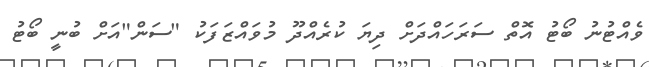
ވެއްޓުނު ބޯޓު އޮތް ސަރަހައްދަށް ދިޔަ ކުރެއްދޫ މުވައްޒަފަކު "ސަން"އަށް ބުނީ ބޯޓު